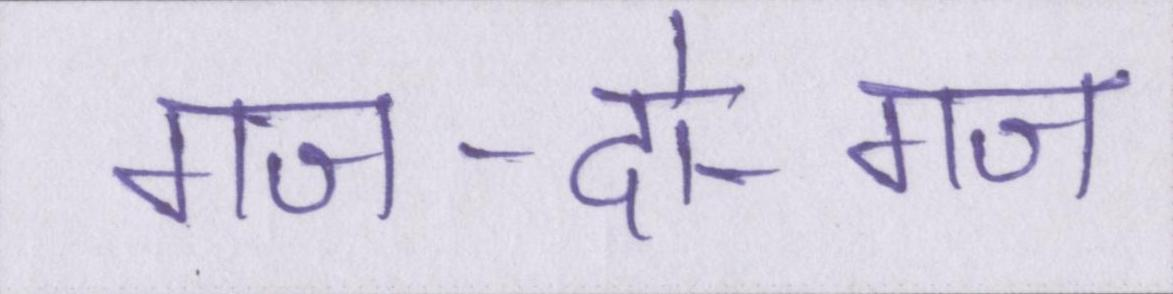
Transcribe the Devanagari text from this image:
गज-दो-गज